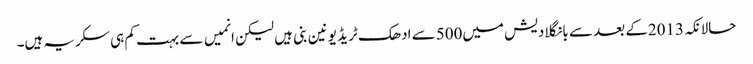
حالانکہ2013کے بعد سے بانگلادیش میں500سے ادھک ٹریڈ یونین بنی ہیں لیکن انمیں سے بہت کم ہی سکریہ ہیں۔